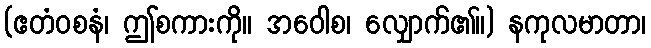
(ဧတံဝစနံ၊ ဤစကားကို။ အဝေါစ၊ လျှောက်၏။) နကုလမာတာ၊